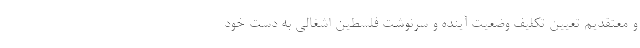
و معتقدیم تعیین تکلیف وضعیت آینده و سرنوشت فلسطین اشغالی به دست خود